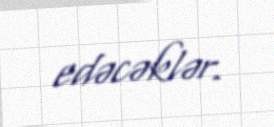
edəcəklər.